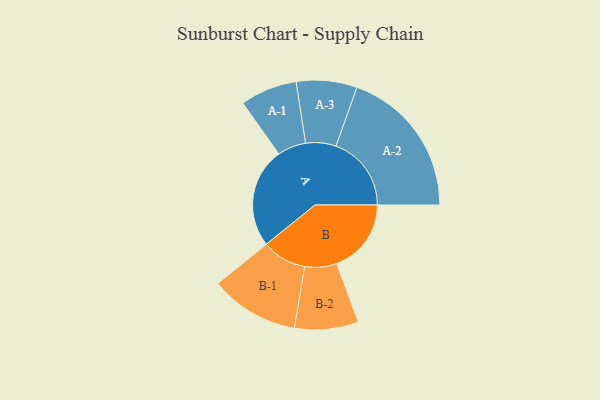
{"axis": {"x": "Segment", "y": "Value"}, "legend": ["", "A", "B"], "data": [{"x": "A", "y": 380, "type": ""}, {"x": "B", "y": 283, "type": ""}, {"x": "A-1", "y": 108, "type": "A"}, {"x": "A-2", "y": 286, "type": "A"}, {"x": "A-3", "y": 115, "type": "A"}, {"x": "B-1", "y": 169, "type": "B"}, {"x": "B-2", "y": 121, "type": "B"}]}